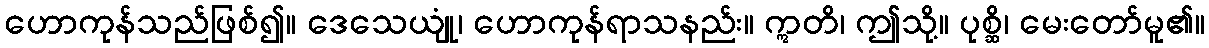
ဟောကုန်သည်ဖြစ်၍။ ဒေသေယျုံ၊ ဟောကုန်ရာသနည်း။ ဣတိ၊ ဤသို့။ ပုစ္ဆိ၊ မေးတော်မူ၏။